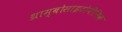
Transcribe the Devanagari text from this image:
थ्राम्बोसाइटोपीनिक